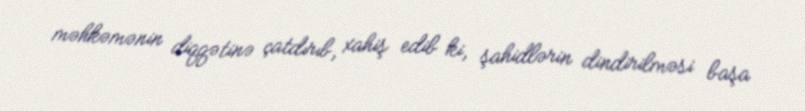
məhkəmənin diqqətinə çatdırıb, xahiş edib ki, şahidlərin dindirilməsi başa